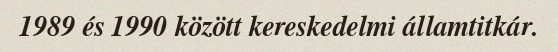
1989 és 1990 között kereskedelmi államtitkár.